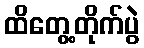
ထိတွေ့တိုက်ပွဲ